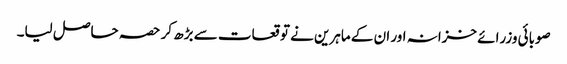
صوبائی وزرائے خزانہ اور ان کے ماہرین نے توقعات سے بڑھ کر حصہ حاصل لیا۔